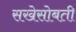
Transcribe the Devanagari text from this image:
सखेसोबती